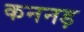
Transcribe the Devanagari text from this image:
कननड़